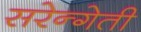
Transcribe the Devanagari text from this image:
सरेन्गेती